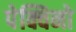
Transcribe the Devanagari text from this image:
पेक्विनो